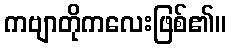
ကဗျာတိုကလေးဖြစ်၏။